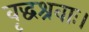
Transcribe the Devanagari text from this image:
वृद्धश्रवाः।